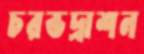
চরভদ্রাশন